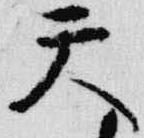
天